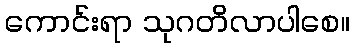
ကောင်းရာ သုဂတိလာပါစေ။